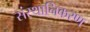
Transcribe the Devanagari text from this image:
संस्थानिकरण